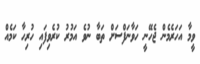
ވީމާ އަހަރެމެން ޖެހޭނީ ހަވާނަފްސަށް ތަބާ ނުވެ އަމުރު ކުރެވިފައި ހުރިހާ ކަމެއް